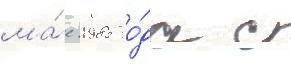
ма́е 1985 го́да с